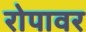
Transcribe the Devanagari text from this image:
रोपावर